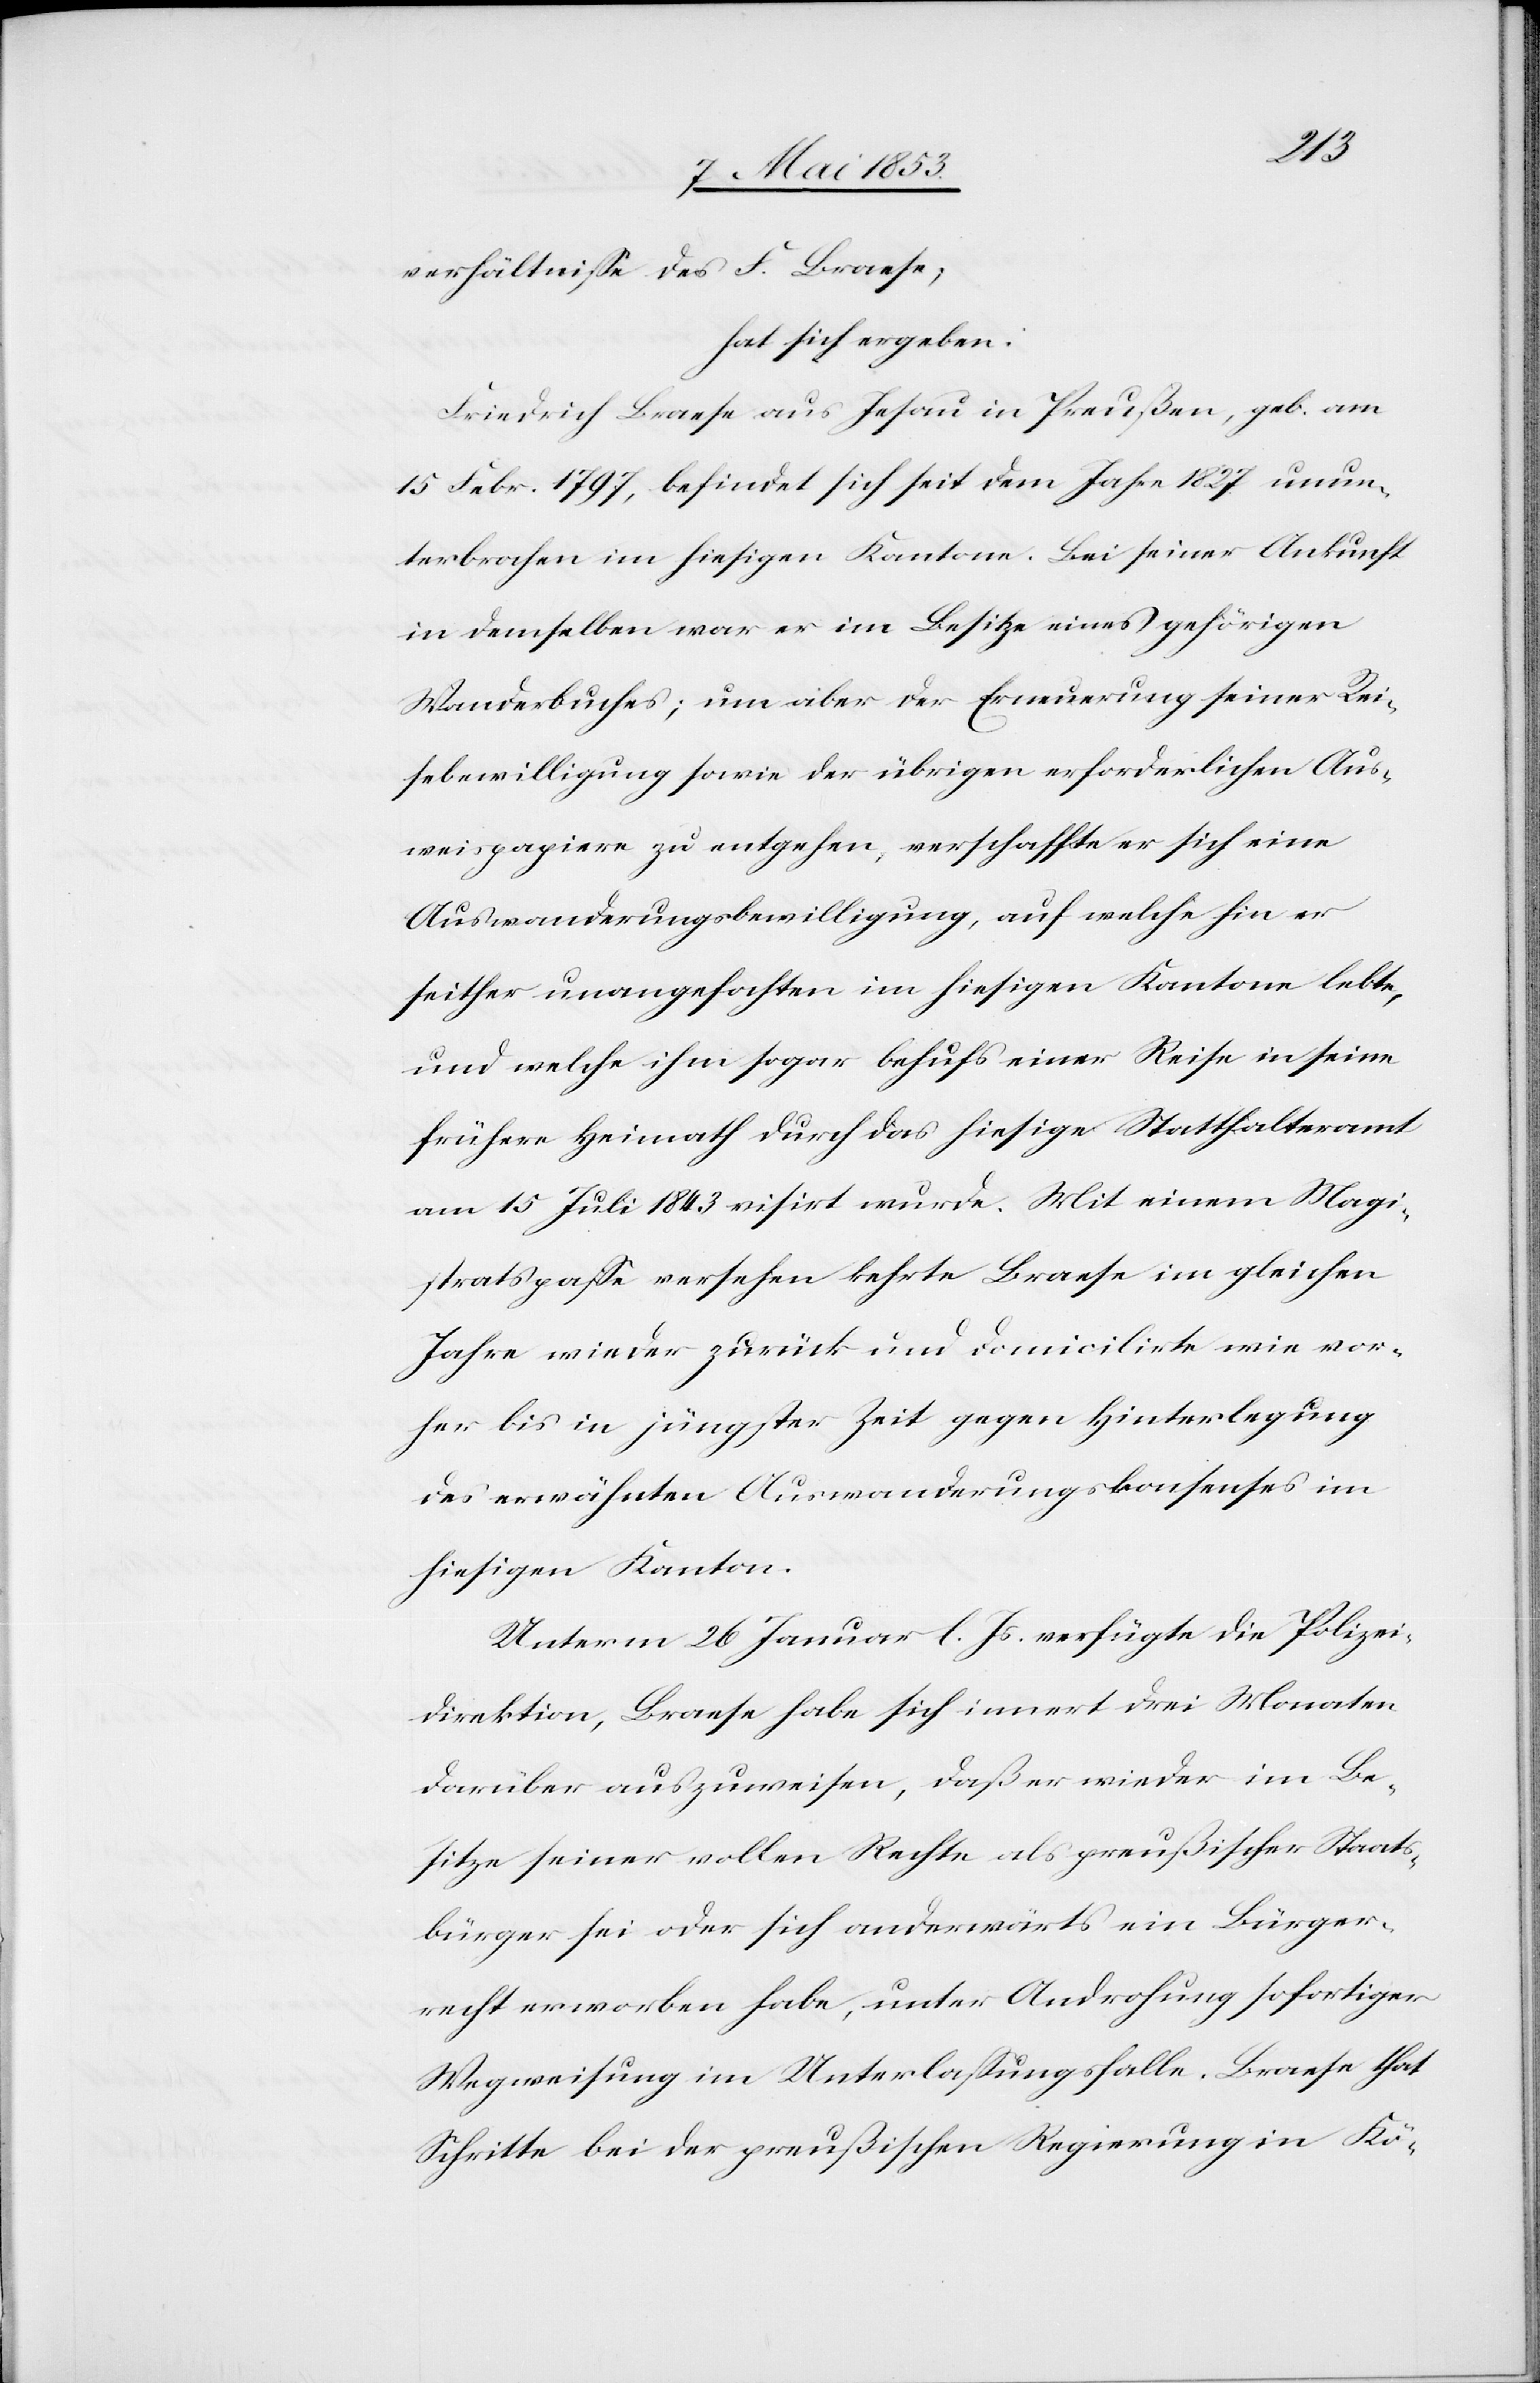
verhältniße des F. Braese,
hat sich ergeben:
Friedrich Braese aus Jesau in Preußen, geb. am
15 Febr. 1797, befindet sich seit dem Jahre 1827 unun¬
terbrochen im hiesigen Kantone. Bei seiner Ankunft
in demselben war er im Besitze eines gehörigen
Wanderbuches; um aber der Erneuerung seiner Rei¬
sebewilligung sowie der übrigen erforderlichen Aus¬
weispapiere zu entgehen, verschaffte er sich eine
Auswanderungsbewilligung, auf welche hin er
seither unangefochten im hiesigen Kantone lebte,
und welche ihm sogar behufs einer Reise in seine
frühere Heimath durch das hiesige Statthalteramt
am 15 Juli 1843 visirt wurde. Mit einem Magi¬
stratspaße versehen kehrte Braese im gleichen
Jahre wieder zurück und domilicirte wie vor¬
her bis in jüngster Zeit gegen Hinterlegung
des erwähnten Auswanderungskonsenses im
hiesigen Kantone.
Unterm 26 Januar l. Js. verfügte die Polizei¬
direktion, Braese habe sich innert drei Monaten
darüber auszuweisen, daß er wieder im Be¬
sitze seiner vollen Rechte als preußischer Staats¬
bürger sei oder sich anderwärts ein Bürger¬
recht erwoben habe, unter Androhung sofortiger
Wegweisung im Unterlaßungsfalle. Braese that
Schritte bei der preußischen Regierung in Kö-